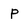
Character: p